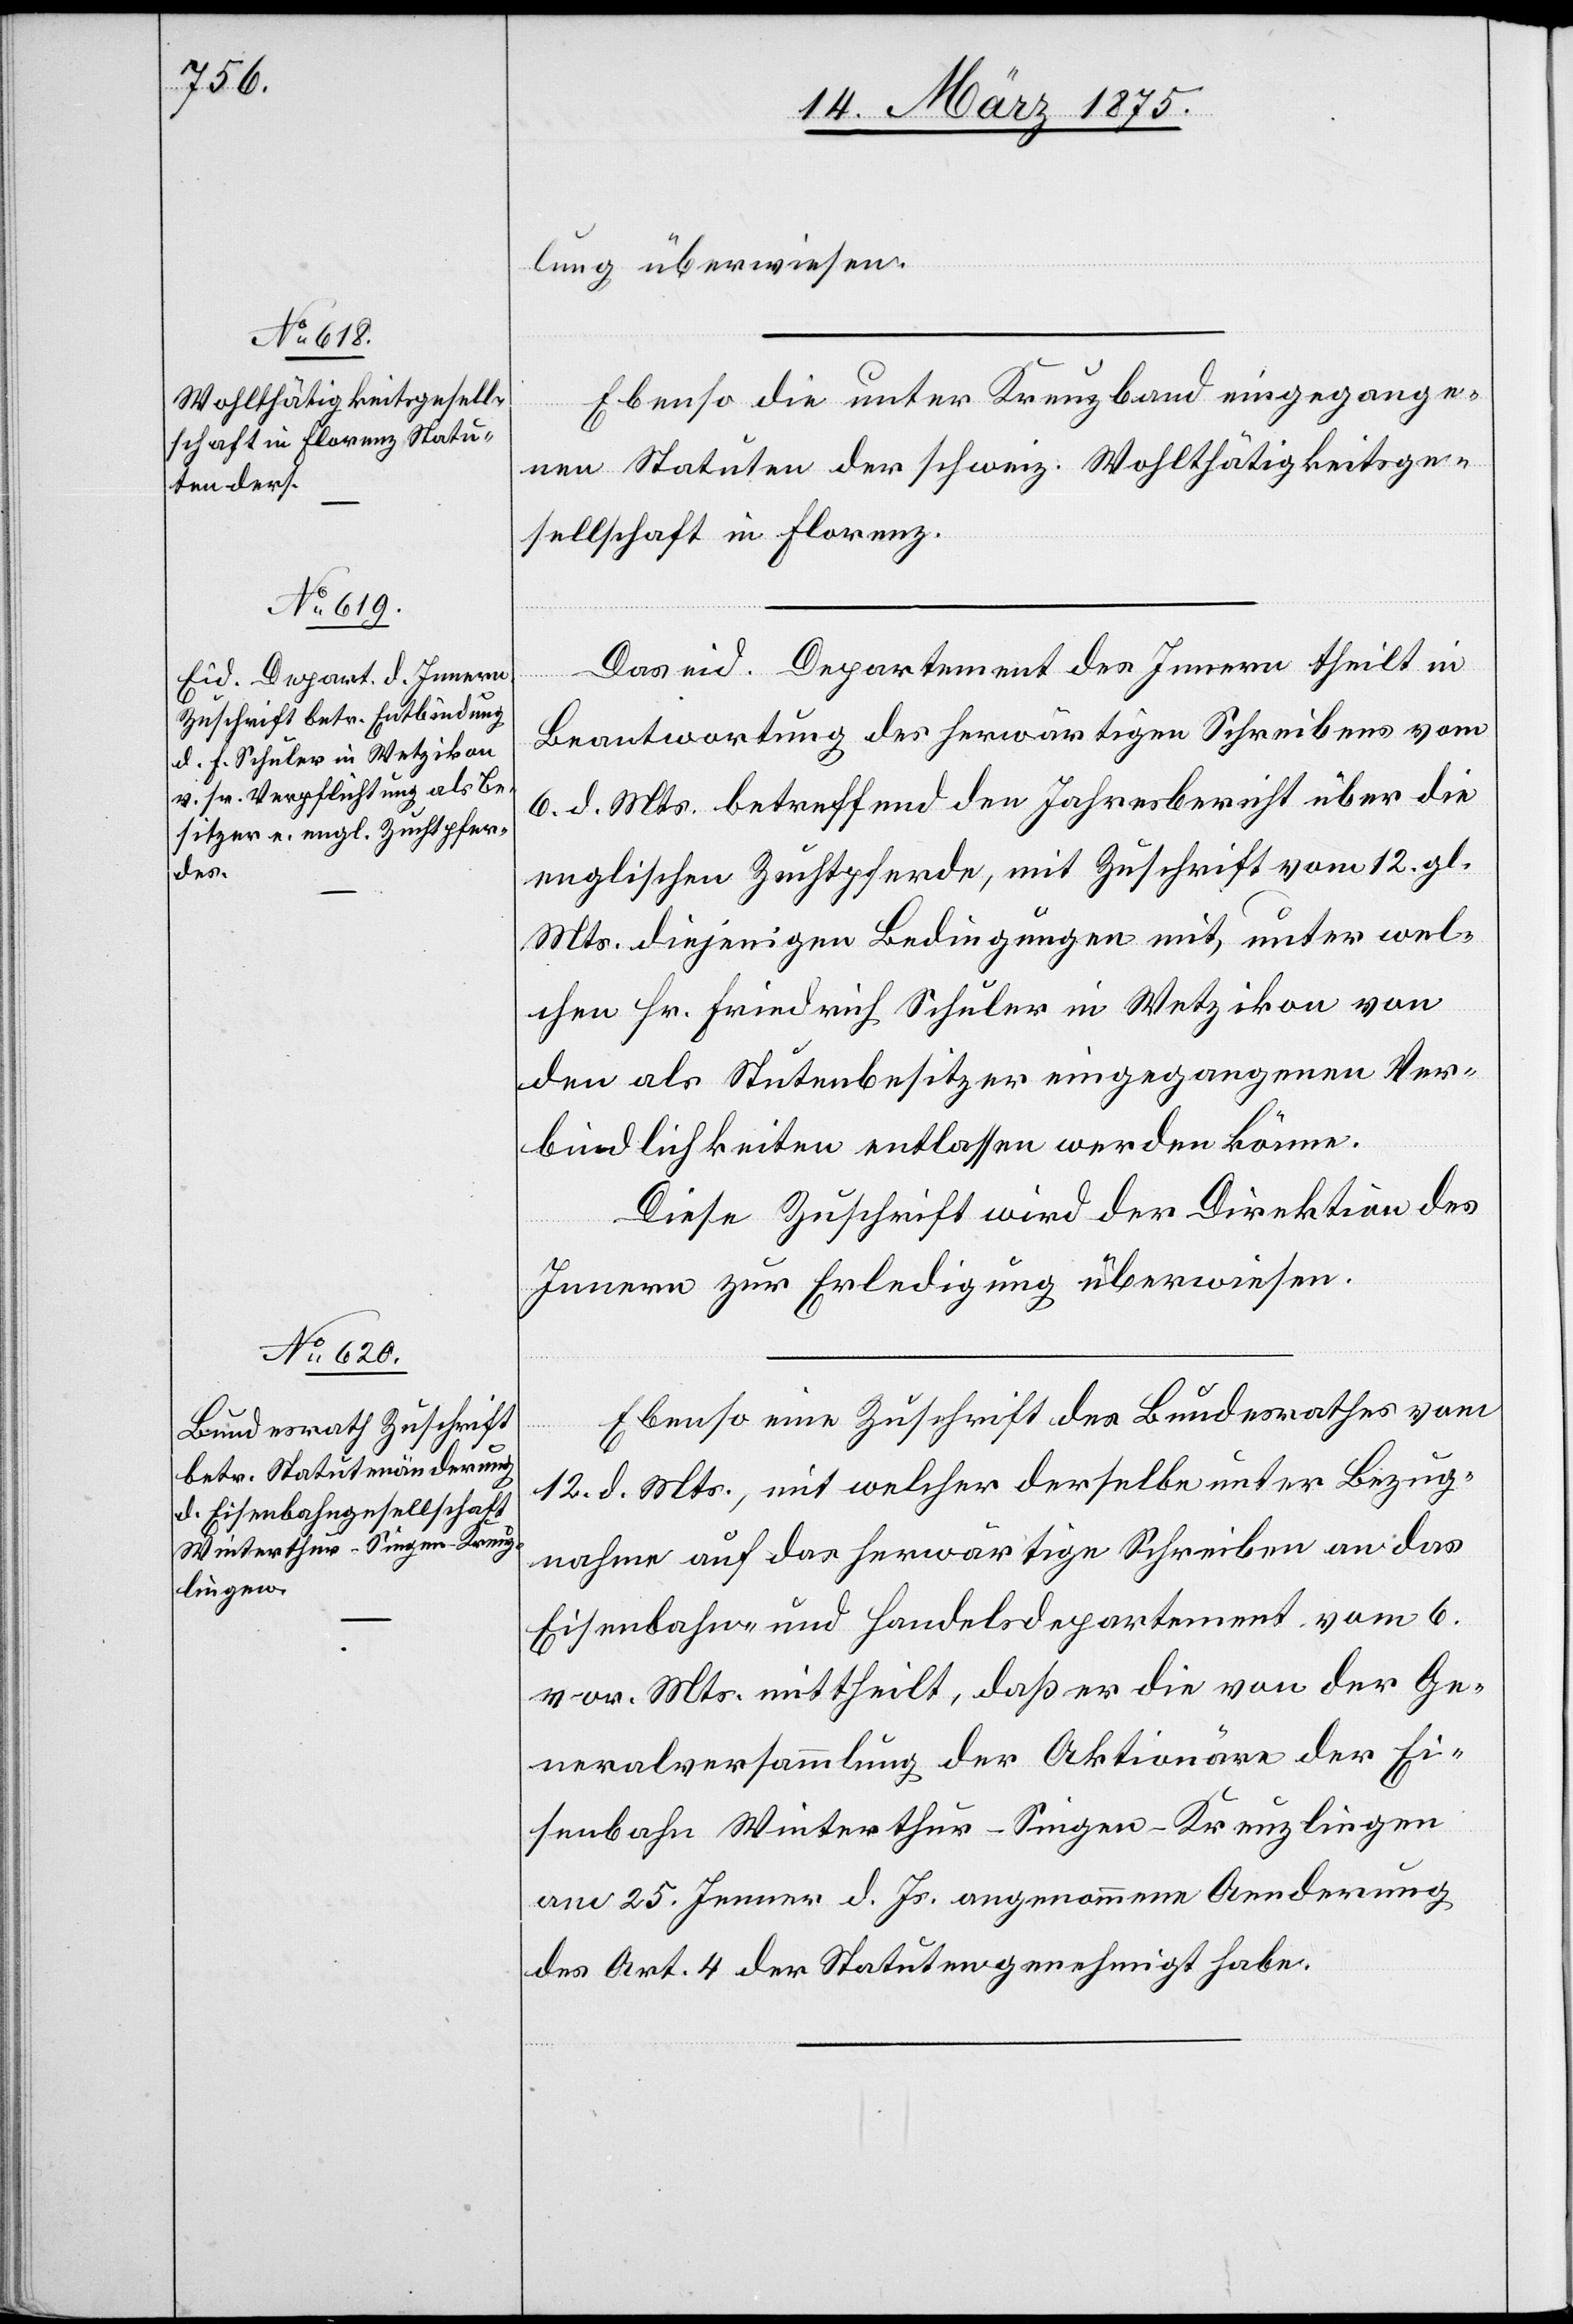
15. März 1875.]
lung überwiesen.
Ebenso die unter Kreuzband eingegange¬
nen Statuten der schweiz. Wohlthätigkeitsge¬
sellschaft in Florenz.
Das eid. Departement des Innern theilt in
Beantwortung des herwärtigen Schreibens vom
6. d. Mts. betreffend den Jahresbericht über die
englischen Zuchtpferde, mit Zuschrift vom 12. gl.
Mts. diejenigen Bedingungen mit, unter wel¬
chen Hr. Friedrich Schuler in Wetzikon von
den als Stutenbesitzer eingegangenen Ver¬
bindlichkeiten entlassen werden könne.
Diese Zuschrift wird der Direktion des
Innern zur Erledigung überwiesen.
Ebenso eine Zuschrift des Bundesrathes vom
12. d. Mts., mit welcher derselbe unter Bezug¬
nahme auf das herwärtige Schreiben an das
Eisenbahn- und Handelsdepartement vom 6.
vor. Mts mittheilt, daß er die von der Ge¬
neralversammlung der Aktionäre der Ei¬
senbahn Winterthur–Singen–Kreuzlingen
am 25. Jenner d. Js. angenommene Aenderung
des Art. 4 der Statuten genehmigt habe.